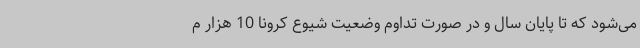
می‌شود که تا پایان سال و در صورت تداوم وضعیت شیوع کرونا 10 هزار م